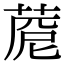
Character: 𦴓